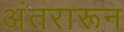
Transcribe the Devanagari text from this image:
अंतरारून